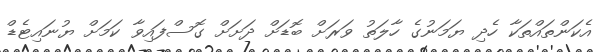
އެކަންތައްތަކާ ހެދި ޔަމަނުގެ ހާލަތު ވަރަށް ބޮޑަށް ދަށަށް ގޮސްފައިވާ ކަމަށް ޔުނައިޓެޑް